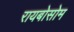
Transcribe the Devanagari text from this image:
रायबोसोम